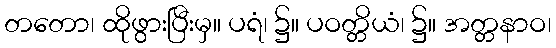
တတော၊ ထိုဖွားပြီးမှ။ ပရံ၊ ၌။ ပဝတ္တိယံ၊ ၌။ အတ္တနာဝ၊